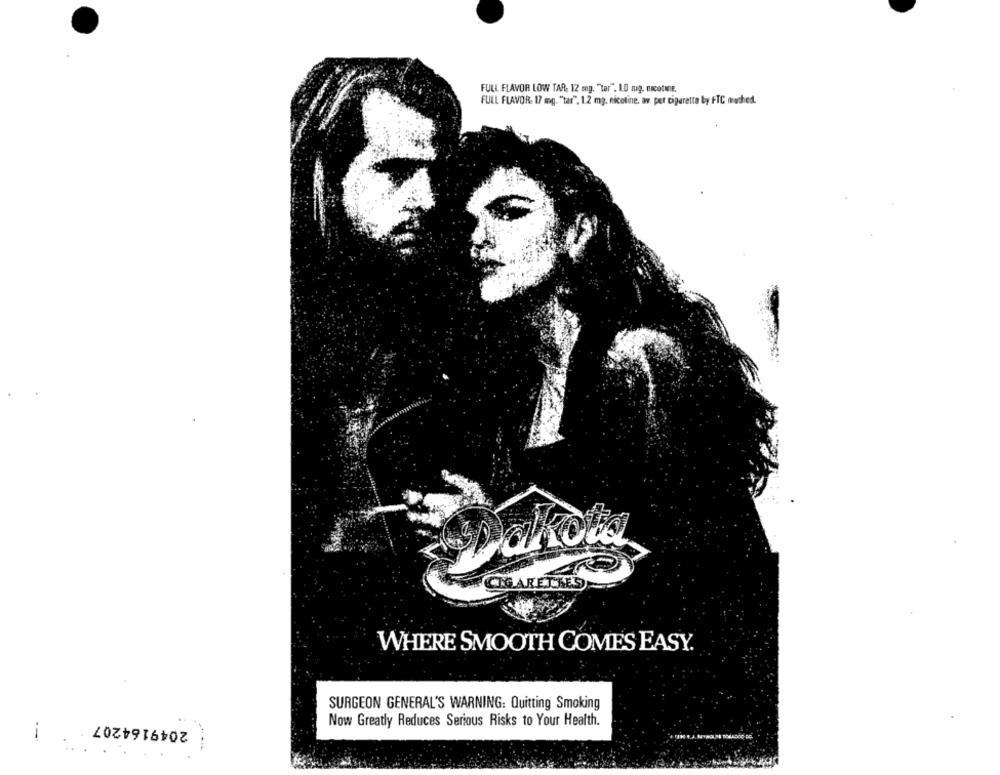
FULL FLAVOR LOW TAR: 12 mg. "tar", 1.0 mg. nicotine,
FULL FLAVOR 17 mg. "tar", 1.2 mg. nicotine, av. per cigarette by FTC mouthed.
CIGARET
WHERE SMOOTH COMES EASY.
SURGEON GENERAL'S WARNING: Quitting Smoking
2049164207
Now Greatly Reduces Serious Risks to Your Health.
--